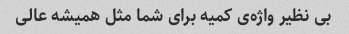
بی نظیر واژه‌ی کمیه برای شما مثل همیشه عالی